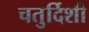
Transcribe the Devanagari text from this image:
चतुर्दिशी